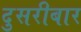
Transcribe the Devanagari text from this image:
दुसरीबार